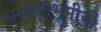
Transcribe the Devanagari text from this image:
स्मशानभूमीची